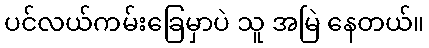
ပင်လယ်ကမ်းခြေမှာပဲ သူ အမြဲ နေတယ်။